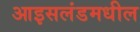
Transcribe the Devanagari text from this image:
आइसलंडमधील